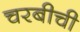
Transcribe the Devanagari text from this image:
चरबीची